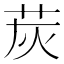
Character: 𦭹